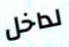
لداخل